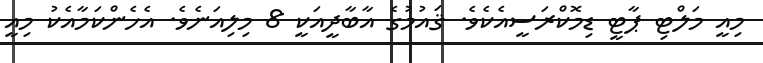
މިއީ މަލްޓި ޕާޓީ ޑިމޮކްރަސީއެކެވެ. ޤައުމުގެ އާބާދީއަކީ 8 މިލިއަނެވެ. އެހެންކަމާއެކު މިއީ